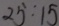
2 5 : 1 5